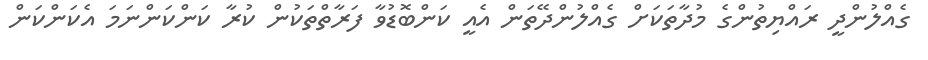
ގެއްލުންދީ ރައްޔިތުންގެ މުދާތަކަށް ގެއްލުންދޭތަން އެއީ ކަންބޮޑުވާ ފަރާތްތަކުން ކުރާ ކަންކަންނަމަ އެކަންކަން